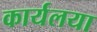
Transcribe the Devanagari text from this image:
कार्यलया